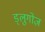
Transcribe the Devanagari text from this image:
ड्लुगोज़